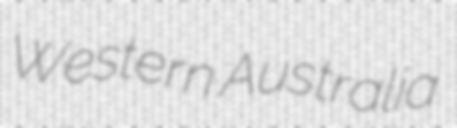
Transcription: Western Australia